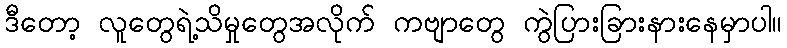
ဒီတော့ လူတွေရဲ့သိမှုတွေအလိုက် ကဗျာတွေ ကွဲပြားခြားနားနေမှာပါ။